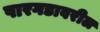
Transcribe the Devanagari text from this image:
पारगडावरील